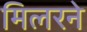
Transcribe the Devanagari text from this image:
मिलरने